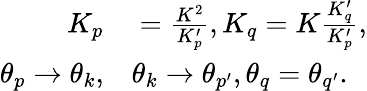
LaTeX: \begin{array}{rl}{K_{p}}&{{}=\frac{K^{2}}{K_{p}^{\prime}},K_{q}=K\frac{K_{q}^{\prime}}{K_{p}^{\prime}},}\\ {\theta_{p}\rightarrow\theta_{k},}&{{}\theta_{k}\rightarrow\theta_{p^{\prime}},\theta_{q}=\theta_{q^{\prime}}.}\end{array}